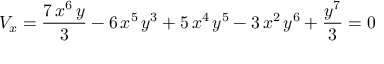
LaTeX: V _ { x } = { \frac { 7 \, { x ^ { 6 } } \, y } { 3 } } - 6 \, { x ^ { 5 } } \, { y ^ { 3 } } + 5 \, { x ^ { 4 } } \, { y ^ { 5 } } - 3 \, { x ^ { 2 } } \, { y ^ { 6 } } + { \frac { { y ^ { 7 } } } { 3 } } = 0